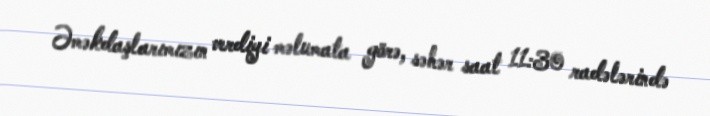
Əməkdaşlarımızın verdiyi məlumata görə, səhər saat 11:30 radələrində